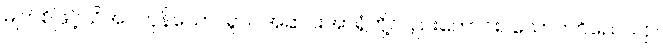
မျက်စိဖြင့်သိအပ်ကုန်သော။ ရူပါ၊ အဆင်းအာရုံတို့လည်းကောင်း။ သောတဝိညေယျာ၊